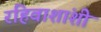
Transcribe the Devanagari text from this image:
रहिवाशांशी